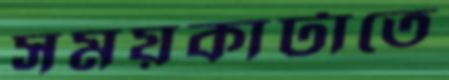
সময়কাটাতে